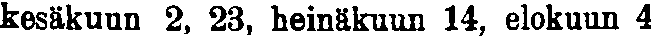
kesäkuun 2, 23, heinäkuun 14, elokuun 4